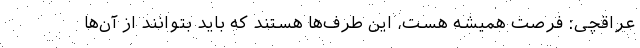
عراقچی: فرصت همیشه هست، این طرف‌ها هستند که باید بتوانند از آن‌ها